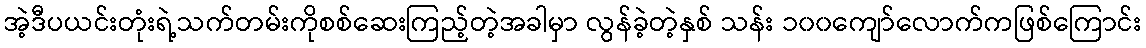
အဲ့ဒီပယင်းတုံးရဲ့သက်တမ်းကိုစစ်ဆေးကြည့်တဲ့အခါမှာ လွန်ခဲ့တဲ့နှစ် သန်း ၁၀၀ကျော်လောက်ကဖြစ်ကြောင်း